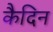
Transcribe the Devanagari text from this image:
कैदिन